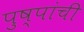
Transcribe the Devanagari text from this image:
पुष्पांची